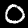
Label: 0